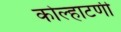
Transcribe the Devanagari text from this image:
कोल्हाटणी